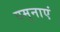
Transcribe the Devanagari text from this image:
यमुनाएं